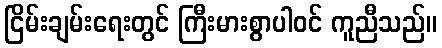
ငြိမ်းချမ်းရေးတွင် ကြီးမားစွာပါဝင် ကူညီသည်။